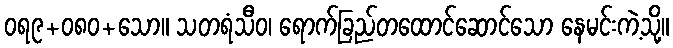
ဝရ၉+၀၈၀+သော။ သတရံသီဝ၊ ရောက်ခြည်တထောင်ဆောင်သော နေမင်းကဲ့သို့။